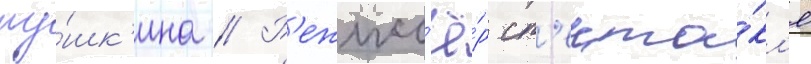
пу́шк'ина // Р'ежисс'ё́р сп'екта́кл'я